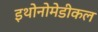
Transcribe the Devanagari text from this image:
इथोनोमेडीकल